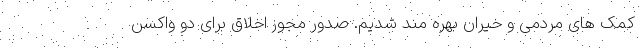
کمک های مردمی و خیران بهره مند شدیم. صدور مجوز اخلاق برای دو واکسن